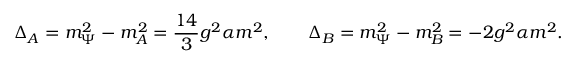
\Delta _ { A } = m _ { \Psi } ^ { 2 } - m _ { A } ^ { 2 } = \frac { 1 4 } { 3 } g ^ { 2 } \alpha m ^ { 2 } , \qquad \Delta _ { B } = m _ { \Psi } ^ { 2 } - m _ { B } ^ { 2 } = - 2 g ^ { 2 } \alpha m ^ { 2 } .